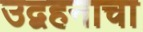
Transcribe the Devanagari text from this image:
उद्वहनाचा